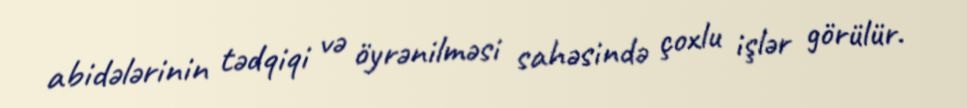
abidələrinin tədqiqi və öyrənilməsi sahəsində çoxlu işlər görülür.